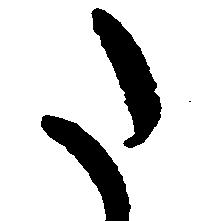
た